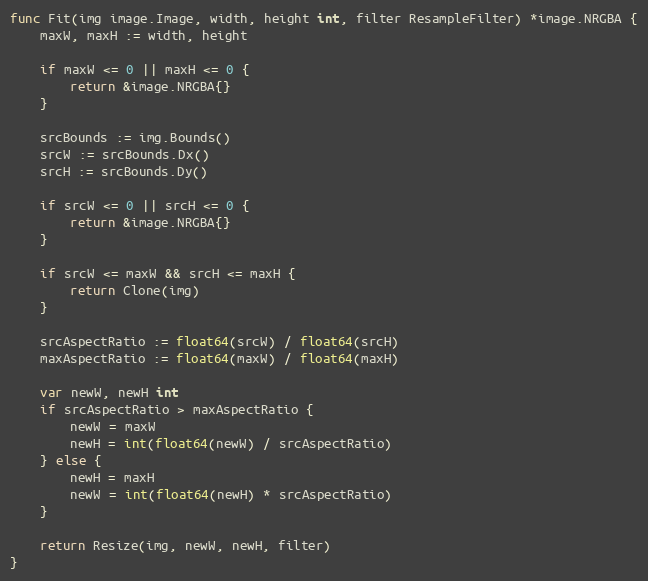
Language: Go
func Fit(img image.Image, width, height int, filter ResampleFilter) *image.NRGBA {
	maxW, maxH := width, height

	if maxW <= 0 || maxH <= 0 {
		return &image.NRGBA{}
	}

	srcBounds := img.Bounds()
	srcW := srcBounds.Dx()
	srcH := srcBounds.Dy()

	if srcW <= 0 || srcH <= 0 {
		return &image.NRGBA{}
	}

	if srcW <= maxW && srcH <= maxH {
		return Clone(img)
	}

	srcAspectRatio := float64(srcW) / float64(srcH)
	maxAspectRatio := float64(maxW) / float64(maxH)

	var newW, newH int
	if srcAspectRatio > maxAspectRatio {
		newW = maxW
		newH = int(float64(newW) / srcAspectRatio)
	} else {
		newH = maxH
		newW = int(float64(newH) * srcAspectRatio)
	}

	return Resize(img, newW, newH, filter)
}